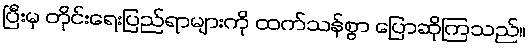
ပြီးမှ တိုင်းရေးပြည်ရာများကို ထက်သန်စွာ ပြောဆိုကြသည်။